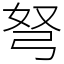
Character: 弩